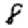
Digit: 8